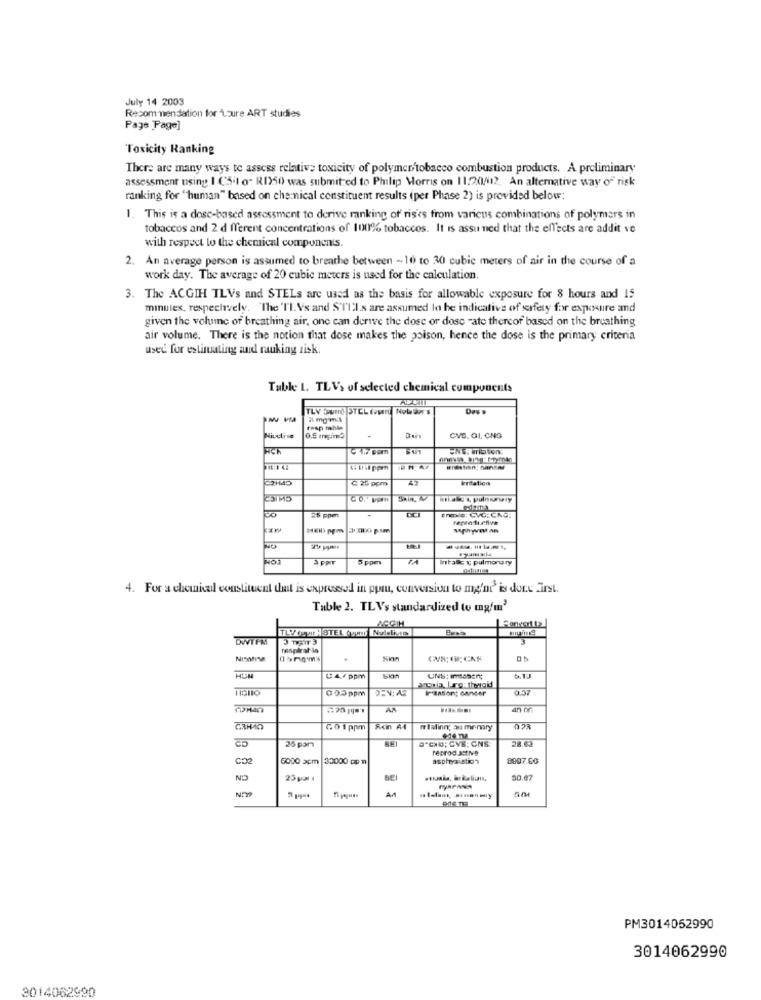
July 14 2003
Recommendation for Loure ART studies
Page Page]
Toxicity Ranking
There are many ways to assess relative toxicity of polymer/tobacco combustion products. A preliminary
assessment using I (5.1 o- R1350 was submitted to Philip Morris on 11.20/12. An alternative way of risk
ranking for "human" based on chemical constituent results (per Phase 2) is provided below:
1. This is a dosc-based assessment to derive ranking of ris'es from varicus combinations of polymers in
tobaccos and 2 d fferent concentrations of 100% tobaccos. It is assu ned that the effects are addit ve
with respect to the chemical components.
2. An average person is assumed to breathe between -10 to 30 cubic meters of air in the course of a
work day. The average of 20 cubic meters is used for the calculation
3. The ACGIH TLVs and STELs are used as the basis for allowable exposure for 8 hours and 15
minutes, respectively. "The 'I'l. Vs and STI'ls are assumed lo he indicative of safety for exposure and
given the volume of breathing air, one can derive the dose or dose -ate thercof based on the breathing
air volume. There is the notion that dose makes the poison, hence the dose is the primary criteria
used for estimating and ranking sisk.
Table 1. TLV> of selected chemical components
TLV Svend STEL Con Nol dor's
2 mg mil
0.5 mgimo
CVC. QL CNO
HCh
UNS, Tibion.
#resten; Banner
C 25 ppm
Eritation
Blake & pulnurwy
25 ppen
3 PPT
5 ppm
Installe & pulmonary
4. For a chemical constituent that is expressed in ppm, conversion to m'nr' is done First.
Table 2. TLVs standardized to mgfm'
TLY Ceur STEL Ogund |Nulelite
DWTFMI
.
Sin
U4rppm
UNS: Imtoser;
@05 ppm
IPension; cancer
0.37
4n of
GO1 ppm
Rcin A4
niainn, au memry
BEI
D'CH; CVE; CNS
26 pam
reproductive
5000 5cm 33000 pp m
8007.60
CN
25 gal ı
50.07
PM3014052990
3014062990
3014062990